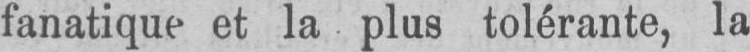
fanatique et la plus tolérante, la